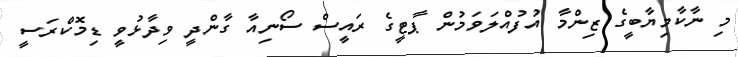
މި ނާކާމިޔާބީގެ ޒިންމާ އުފުއްލަވަމުން ޕާޓީގެ ރައީސް ސޯނިއާ ގާންދީ ވިދާޅުވީ ޑިމޮކްރަސީ